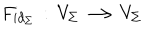
LaTeX: F _ { i d _ { \Sigma } } \, : \, V _ { \Sigma } \longrightarrow V _ { \Sigma }